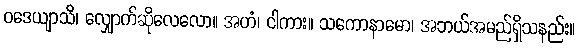
ဝဒေယျာသိ၊ လျှောက်ဆိုလေလော။ အဟံ၊ ငါကား။ သကောနာမော၊ အဘယ်အမည်ရှိသနည်း။